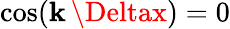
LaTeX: \cos(\mathbf{k}\, \Deltax)=0